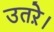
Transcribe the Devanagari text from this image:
उतऱे।